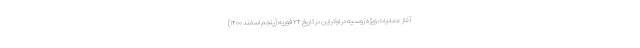
آغاز عملیات ویژه روسیه در اوکراین در تاریخ ۲۴ فوریه (پنجم اسفند ۱۴۰۰)